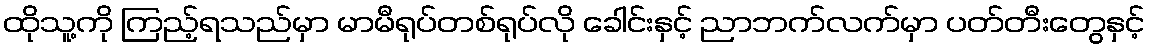
ထိုသူ့ကို ကြည့်ရသည်မှာ မာမီရုပ်တစ်ရုပ်လို ခေါင်းနှင့် ညာဘက်လက်မှာ ပတ်တီးတွေနှင့်